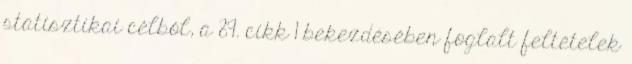
statisztikai célból, a 89. cikk 1 bekezdésében foglalt feltételek